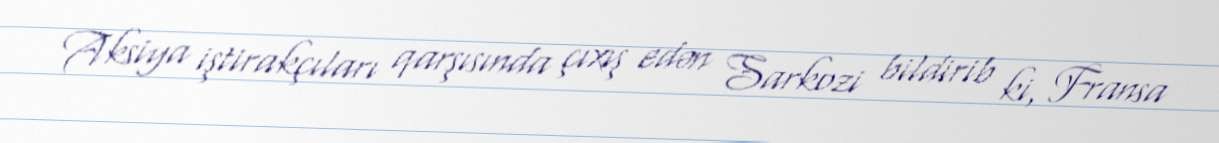
Aksiya iştirakçıları qarşısında çıxış edən Sarkozi bildirib ki, Fransa